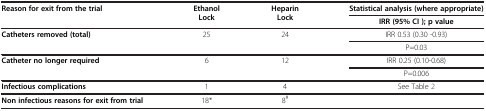
<table><thead><tr><td rowspan="2"><b>Reason for exit from the trial</b></td><td rowspan="2"><b>Ethanol Lock</b></td><td rowspan="2"><b>Heparin Lock</b></td><td><b>Statistical analysis (where appropriate)</b></td></tr><tr><td><b>IRR (95% CI ); p value</b></td></tr></thead><tbody><tr><td rowspan="2"><b>Catheters removed (total)</b></td><td rowspan="2">25</td><td rowspan="2">24</td><td>IRR 0.53 (0.30 -0.93)</td></tr><tr><td>P=0.03</td></tr><tr><td rowspan="2"><b>Catheter no longer required</b></td><td rowspan="2">6</td><td rowspan="2">12</td><td>IRR 0.25 (0.10-0.68)</td></tr><tr><td>P=0.006</td></tr><tr><td><b>Infectious complications</b></td><td>1</td><td>4</td><td>See Table 2</td></tr><tr><td><b>Non infectious reasons for exit from trial</b></td><td>18*</td><td>8<sup>#</sup></td><td> </td></tr></tbody></table>